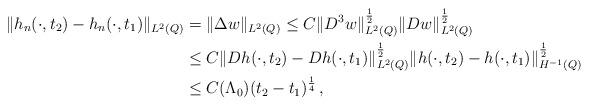
LaTeX: \begin{align*}\|h_n(\cdot, t_2)-h_n(\cdot, t_1)\|_{L^2(Q)}& =\|\Delta w\|_{L^2(Q)} \leq C\|D^3 w\|^{\frac12}_{L^2(Q)}\|Dw\|^{\frac12}_{L^2(Q)}\\&\leq C\|Dh(\cdot, t_2)-Dh(\cdot, t_1)\|^{\frac12}_{L^2(Q)}\|h(\cdot, t_2)-h(\cdot, t_1)\|^{\frac12}_{H^{-1}(Q)}\\&\leq C(\Lambda_0)(t_2-t_1)^{\frac14}\,, \end{align*}